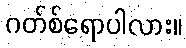
ဂတ်စ်ရောပါလား။